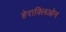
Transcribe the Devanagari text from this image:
हेराक्लिओन